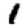
Digit: 1